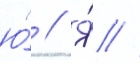
ю́ // Я́ //